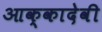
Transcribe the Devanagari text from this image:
आक्कादेवी